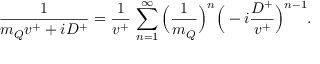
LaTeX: { \frac { 1 } { m _ { Q } v ^ { + } + i D ^ { + } } } = { \frac { 1 } { v ^ { + } } } \, \sum _ { n = 1 } ^ { \infty } \Big ( { \frac { 1 } { m _ { Q } } } \Big ) ^ { n } \Big ( - i { \frac { D ^ { + } } { v ^ { + } } } \Big ) ^ { n - 1 } .